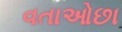
વતાઓછા